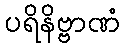
ပရိနိဗ္ဗာဏံ